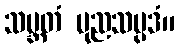
သမ္ဘတံ ပုညသမ္ပဒံ။